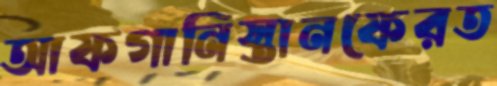
আফগানিস্তানফেরত